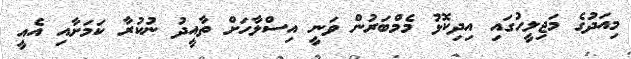
މިއަދުގެ މަޖިލީހުގައި އިދިކޮޅު މެމްބަރުން ވަނީ އިސްލާހަށް ތާއީދު ނުކުރާ ކަމަށާއި އެއީ